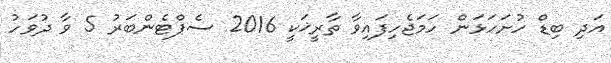
އަދި ބިޑް ހުށަހަޅަން ހަމަޖެހިފައިވާ ތާރީޚަކީ 2016 ސެޕްޓެންބަރު 5 ވާ ދުވަހު